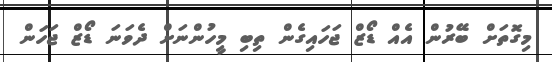
މިގޮތަށް ބޭރުން އެއް ޑޯޒް ޖަހައިގެން ތިބި މީހުންނަށް ދެވަނަ ޑޯޒް ޖަހަން